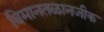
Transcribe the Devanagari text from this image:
विमानतळानजीक